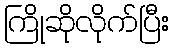
ကြိုဆိုလိုက်ပြီး